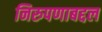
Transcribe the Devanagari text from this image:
निरुपणाबद्दल